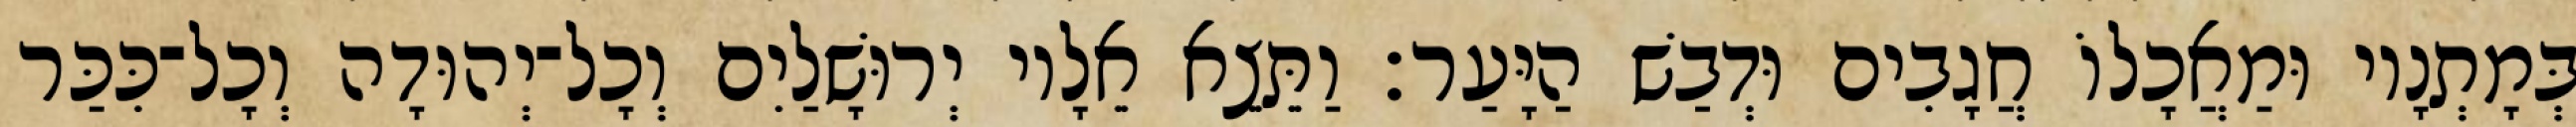
בְּמָתְנָיו וּמַאֲכָלוֹ חֲגָבִים וּדְבַשׁ הַיָּעַר׃ וַתֵּצֵא אֵלָיו יְרוּשָׁלַיִם וְכָל־יְהוּדָה וְכָל־כִּכַּר